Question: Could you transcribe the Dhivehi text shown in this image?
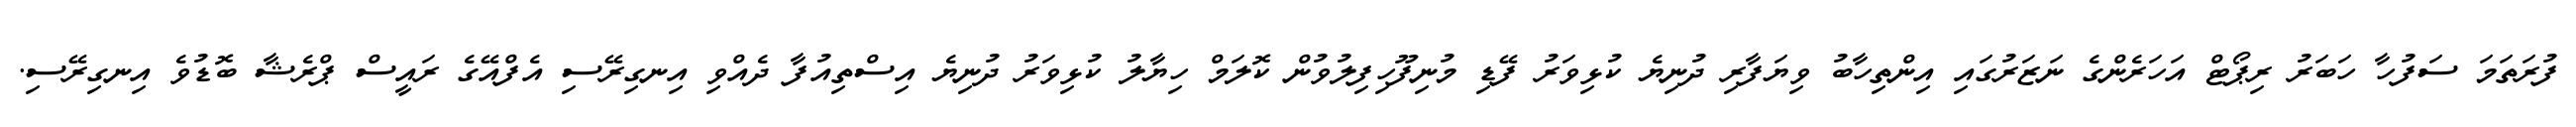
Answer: ފުރަތަމަ ސަފުހާ ހަބަރު ރިޕޯޓް އަހަރެންގެ ނަޒަރުގައި އިންތިހާބު ވިޔަފާރި ދުނިޔެ ކުޅިވަރު ފޭޑި މުނިފޫހިފިލުވުން ކޮލަމް ހިޔާލު ކުޅިވަރު ދުނިޔެ އިސްތިއުފާ ދެއްވި އިނގިރޭސި އެފްއޭގެ ރައީސް ޕްރެޝާ ބޮޑުވެ އިނގިރޭސި.